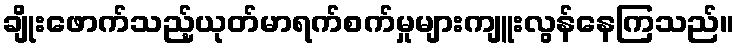
ချိုးဖောက်သည့်ယုတ်မာရက်စက်မှုများကျူးလွန်နေကြသည်။